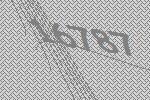
16787